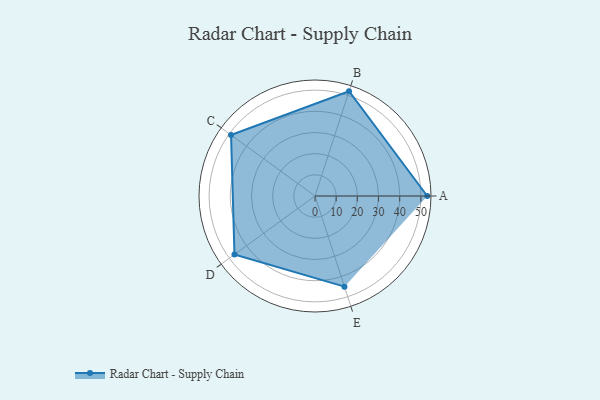
{"axis": {"x": "Skill", "y": "Score"}, "legend": ["Profile"], "data": [{"x": "A", "y": 53.0, "type": "Profile"}, {"x": "B", "y": 52.0, "type": "Profile"}, {"x": "C", "y": 49.0, "type": "Profile"}, {"x": "D", "y": 47.0, "type": "Profile"}, {"x": "E", "y": 45.0, "type": "Profile"}]}